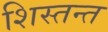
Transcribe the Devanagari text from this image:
शिस्तन्त